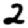
Digit: 2